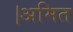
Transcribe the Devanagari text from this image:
।अमित